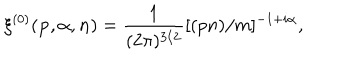
\xi ^ { ( 0 ) } ( { \bf p } , { \alpha } , { \bf n } ) = \frac { 1 } { ( 2 \pi ) ^ { 3 / 2 } } [ ( p n ) / m ] ^ { - 1 + i \alpha } ,